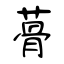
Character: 蓇